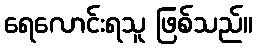
ရေလောင်းရသူ ဖြစ်သည်။